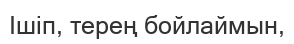
Ішіп, терең бойлаймын,